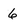
Character: 6